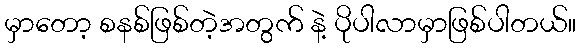
မှာတော့ စနစ်ဖြစ်တဲ့အတွက် နဲ့ ပိုပါလာမှာဖြစ်ပါတယ်။